Vaccination in Burma 1920-1933 - 1920-1933
Year: 1920
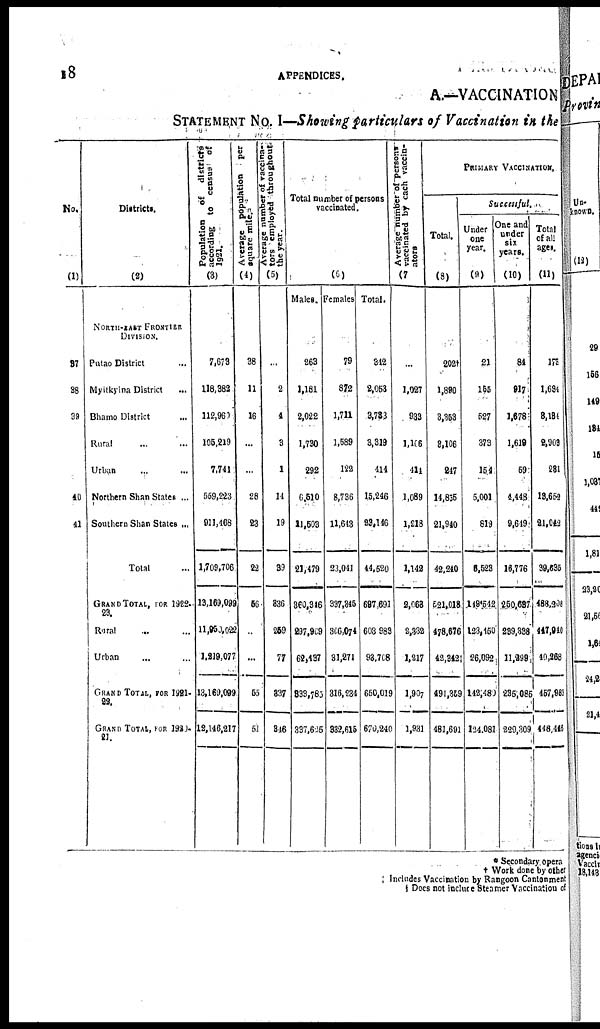
18
APPENDICES.
A.—VACCINATION
STATEMENT No. I—Showing particulars of Vaccination in the
Mo.
(1)
37
38
39
40
41
Districts.
(2)
NORTH-EAST FRONTIER
DIVISION.
Putao District ...
Myitkyina District ...
Bhamo District ...
Rural ... ...
Urban
...
Northern Shan States ...
Southern Shan States ...
Total ...
GRAND TOTAL FOR 1922-
23.
Rural ... ...
Urban
... ...
GRAND TOTAL FOR 1921-
22.
GRAND TOTAL FOR 1921-
21.
Population
of
districts
according to census of
1921.
(3)
7,673
118,382
112,960
105,219
7,741
559,223
911,168
1,709,706
13,169,099
11,850,022
1,219,077
13,169,099
12,146,217
Average population
per
square mile.
(4)
38
11
16
...
...
28
23
22
56
...
...
55
51
Average number of vaccina-
tors employed throughout
the year.
(5)
...
2
4
3
1
14
19
39
336
259
77
337
346
Total number of persons
vaccinated.
(6)
Males.
263
1,181
2,022
1,730
292
6,510
11,503
21,479
360,346
297,909
62,137
338,785
337,625
Females
79
872
1,711
1,589
122
8,736
11,643
23,041
337,345
306,074
31,271
316,234
332,615
Total.
342
2,053
3,783
3,319
414
15,246
23,146
44,520
697,691
603,983
93,708
650,019
670,240
Average number of persons-
vaccinated by each vaccin-
ators
(7)
...
1,027
933
1,106
411
1,089
1,218
1,142
2,068
2,332
1,217
1,907
1,931
Primary Vaccination.
Total.
(8)
202†
1,890
3,353
3,106
247
14,835
21,940
42,240
521,018
478,676
42,342‡
491,359
481,691
Successful.
Under
one
year.
(9)
21
155
527
373
154
5,001
819
6,623
149.542
123,450
26,092
142,480
124,081
One and
under
six
years.
(10)
84
917
1,678
1,619
69
4,448
9,649
16,776
250,637
239,338
11,299
235,085
229,309
Total
of all
ages.
(11)
173
1,694
3,181
2,903
231
13,652
21,042
39,535
488,208
417,940
40,268
457,983
448,446
* Secondary opera
† Work done by other
‡ Includes Vaccination by Rangoon Cantonment
§ Does not induce Steamer Vaccination of